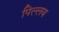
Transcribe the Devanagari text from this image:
पिल्लय